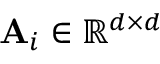
\mathbf { A } _ { i } \in \mathbb { R } ^ { d \times d }